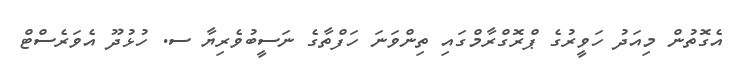
އެގޮތުން މިއަދު ހަވީރުގެ ޕްރޮގްރާމްގައި ތިންވަނަ ހަފްތާގެ ނަސީބުވެރިޔާ ސ. ހުޅުދޫ އެވަރެސްޓް